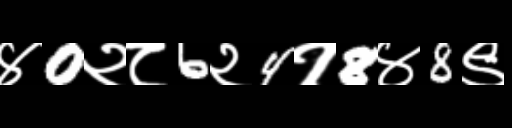
Text: ४0२८6२4१8४8९